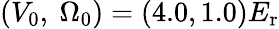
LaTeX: (V_{0},~\Omega_{0})=(4.0,1.0)E_{\mathrm{{r}}}